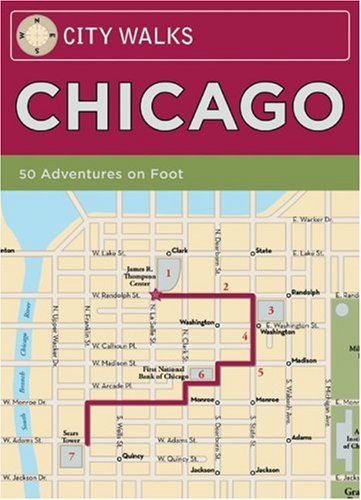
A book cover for City Walks: Chicago: 50 Adventures On Foot; Christina Henry de Tessan; Travel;